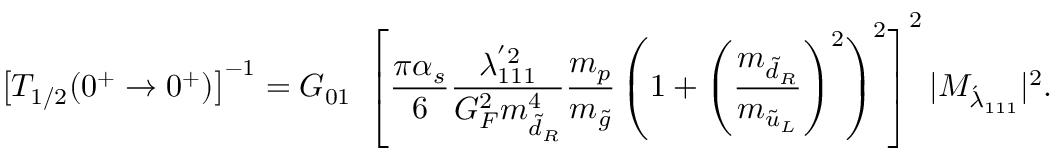
\big [ T _ { 1 / 2 } ( 0 ^ { + } \rightarrow 0 ^ { + } ) \big ] ^ { - 1 } = G _ { 0 1 } ~ \left[ \frac { \pi \alpha _ { s } } { 6 } \frac { \lambda _ { 1 1 1 } ^ { ' 2 } } { G _ { F } ^ { 2 } m _ { \tilde { d } _ { R } } ^ { 4 } } \frac { m _ { p } } { m _ { \tilde { g } } } \left( 1 + \left( \frac { m _ { \tilde { d } _ { R } } } { m _ { \tilde { u } _ { L } } } \right) ^ { 2 } \right) ^ { 2 } \right] ^ { 2 } | { \cal { M } } _ { { \acute { \lambda } } _ { 1 1 1 } } | ^ { 2 } .